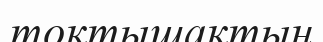
тоқтышақтың